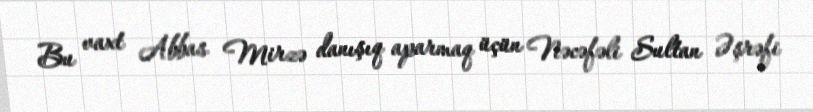
Bu vaxt Abbas Mirzə danışıq aparmaq üçün Nəcəfəli Sultan Əşrəfi